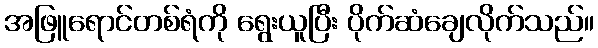
အဖြူရောင်တစ်ရံကို ရွေးယူပြီး ပိုက်ဆံချေလိုက်သည်။